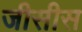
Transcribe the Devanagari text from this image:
जीसीस